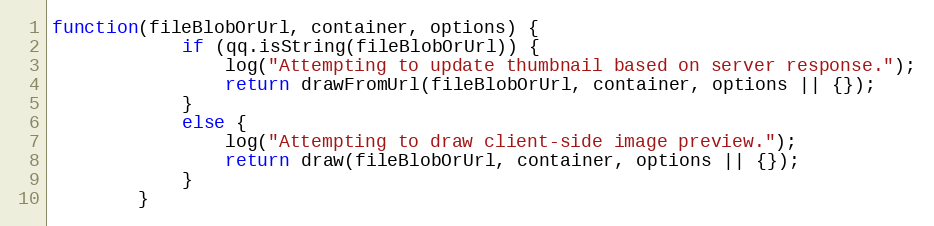
Language: JavaScript
function(fileBlobOrUrl, container, options) {
            if (qq.isString(fileBlobOrUrl)) {
                log("Attempting to update thumbnail based on server response.");
                return drawFromUrl(fileBlobOrUrl, container, options || {});
            }
            else {
                log("Attempting to draw client-side image preview.");
                return draw(fileBlobOrUrl, container, options || {});
            }
        }